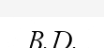
B.D.